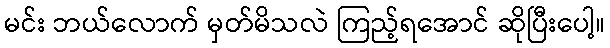
မင်း ဘယ်လောက် မှတ်မိသလဲ ကြည့်ရအောင် ဆိုပြီးပေါ့။